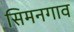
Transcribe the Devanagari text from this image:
सिमनगाव